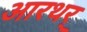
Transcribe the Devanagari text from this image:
आरथर्